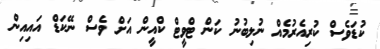
ކުޑަވެސް ކުރިއެރުމެއް ނުލިބުނު ކަން ޓްވީޓް ކްއީން އަށް ވެސް ނޭކަޑް އައިއިން